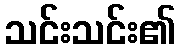
သင်းသင်း၏